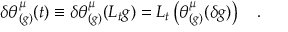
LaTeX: \delta \theta _ { ( g ) } ^ { \mu } ( t ) \equiv \delta \theta _ { ( g ) } ^ { \mu } ( { \cal L } _ { t } g ) = { \cal L } _ { t } \left( \theta _ { ( g ) } ^ { \mu } ( \delta g ) \right) ~ ~ ~ .